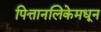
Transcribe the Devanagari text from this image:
पित्तानलिकेमधून